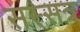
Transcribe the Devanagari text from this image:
सस्सत्र